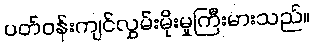
ပတ်ဝန်းကျင်လွှမ်းမိုးမှုကြီးမားသည်။